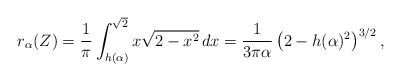
\begin{align*}r_\alpha(Z)=\frac{1}{\pi} \int_{h(\alpha)}^{\sqrt{2}}x\sqrt{2-x^2}\,dx=\frac{1}{3\pi\alpha}\left(2-h(\alpha)^2\right)^{3/2},\end{align*}